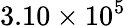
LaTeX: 3.10\times 10^{5}